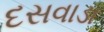
દસવાડા